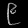
Digit: ၉